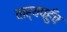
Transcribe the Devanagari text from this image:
वाह्यपहुँच